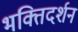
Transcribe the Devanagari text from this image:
भक्तिदर्शन